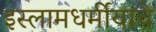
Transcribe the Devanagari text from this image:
इस्लामधर्मीयांचे